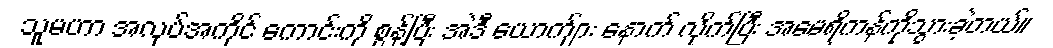
သူမဟာ အလုပ်အကိုင် ကောင်းကို စွန့်ပြီး အဲဒီ ယောက်ျား နောက် လိုက်ပြီး အမေရိကန်ကိုသွားခဲ့တယ်။